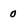
Character: 0